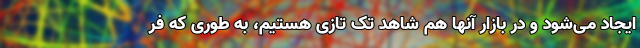
ایجاد می‌شود و در بازار آنها هم شاهد تک تازی هستیم، به طوری که فر